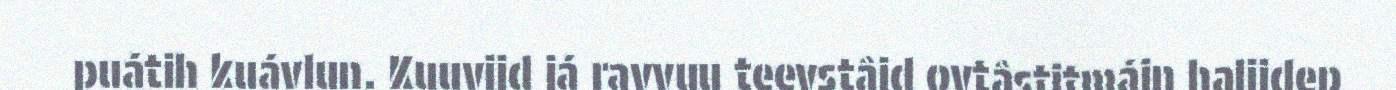
puátih kuávlun. Kuuvijd já ravvuu teevstâid ovtâstitmáin halijdep